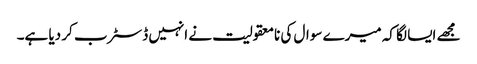
مجھے ایسا لگا کہ میرے سوال کی نامعقولیت نے انہیں ڈسٹرب کر دیا ہے۔